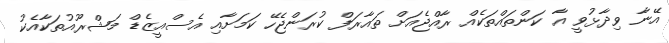
އޭނާ ވިދާޅުވީ އާ ކަންތައްތަކެއް ރާއްޖެއަށް ތައާރަފް ކުރަންޖެހޭ ކަމަށާއި އެސްއީޒެޑް މަޝްރޫއުތަކާއެކު